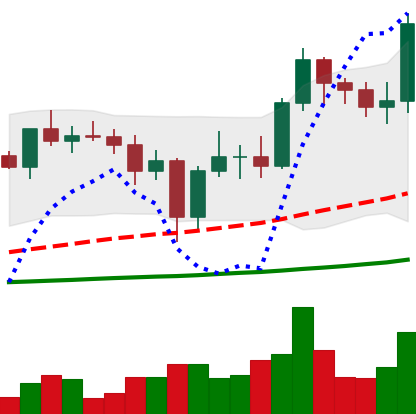
Ticker: ADA-USD
Chart end date: 2021-01-03
Forward return: 49.075%
Label: up_7plus